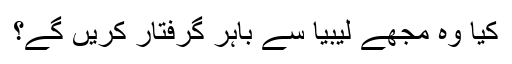
کیا وہ مجھے لیبیا سے باہر گرفتار کریں گے؟